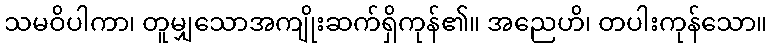
သမဝိပါကာ၊ တူမျှသောအကျိုးဆက်ရှိကုန်၏။ အညေဟိ၊ တပါးကုန်သော။